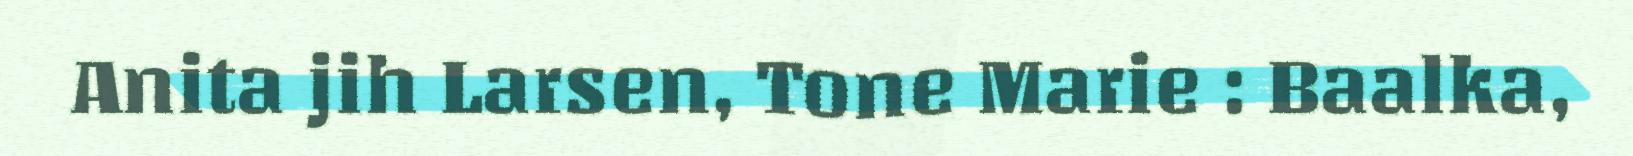
Anita jih Larsen, Tone Marie : Baalka,